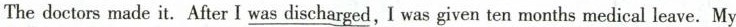
The doctors made it.After I _was discharged, I was given ten months medical leave. My